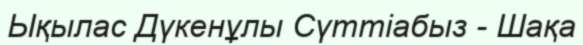
Ықылас Дүкенұлы Сүттіабыз - Шақа